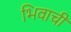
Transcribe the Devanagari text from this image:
भिवाची